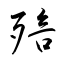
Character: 殕